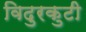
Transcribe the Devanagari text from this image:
विदुरकुटी